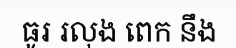
ធូរ រលុង ពេក នឹង